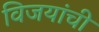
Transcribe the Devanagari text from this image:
विजयांची